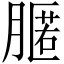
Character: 𦟻